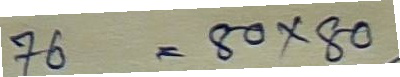
76 = 80 x 80